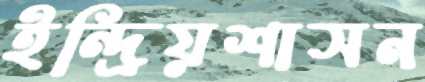
ইন্দ্রিয়শাসন